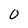
Character: O